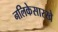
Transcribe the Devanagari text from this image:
नलिकेसारखे